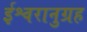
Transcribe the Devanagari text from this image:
ईश्वरानुग्रह